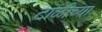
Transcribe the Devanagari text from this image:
टाळीच्या